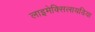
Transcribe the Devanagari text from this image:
लाइमेक्सिलायडिया